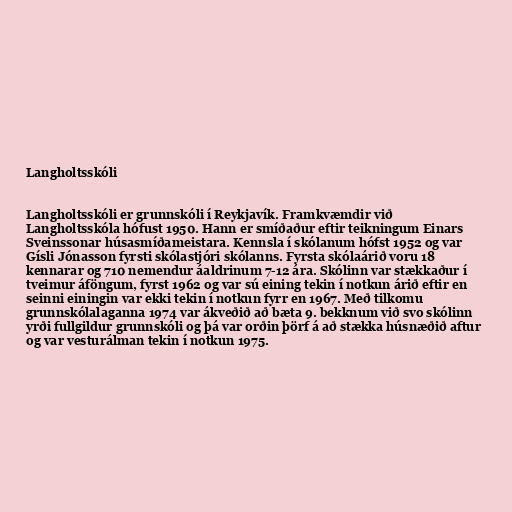
Langholtsskóli

Langholtsskóli er grunnskóli í Reykjavík. Framkvæmdir við
Langholtsskóla hófust 1950. Hann er smíðaður eftir teikningum Einars
Sveinssonar húsasmíðameistara. Kennsla í skólanum hófst 1952 og var
Gísli Jónasson fyrsti skólastjóri skólanns. Fyrsta skólaárið voru 18
kennarar og 710 nemendur áaldrinum 7-12 ára. Skólinn var stækkaður í
tveimur áföngum, fyrst 1962 og var sú eining tekin í notkun árið eftir en
seinni einingin var ekki tekin í notkun fyrr en 1967. Með tilkomu
grunnskólalaganna 1974 var ákveðið að bæta 9. bekknum við svo skólinn
yrði fullgildur grunnskóli og þá var orðin þörf á að stækka húsnæðið aftur
og var vesturálman tekin í notkun 1975.